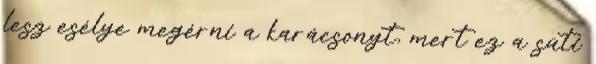
lesz esélye megérni a karácsonyt, mert ez a süti